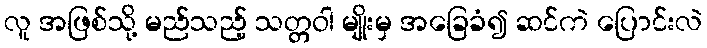
လူ အဖြစ်သို့ မည်သည့် သတ္တဝါ မျိုးမှ အခြေခံ၍ ဆင်ကဲ ပြောင်းလဲ